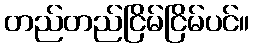
တည်တည်ငြိမ်ငြိမ်ပင်။